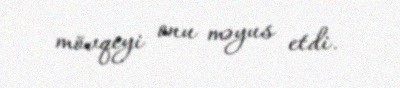
mövqeyi onu məyus etdi.